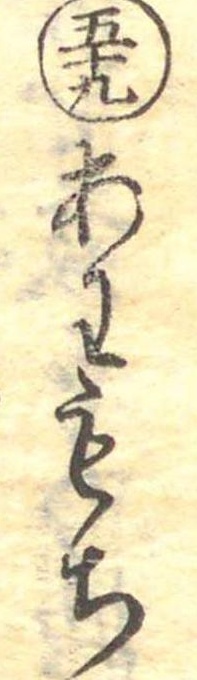
五十九あわもち